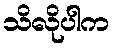
သိလိုပါက